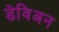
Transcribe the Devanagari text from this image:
डेविअन